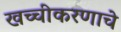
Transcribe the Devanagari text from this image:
खच्चीकरणाचे